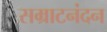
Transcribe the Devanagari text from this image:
सम्राटनंदन